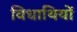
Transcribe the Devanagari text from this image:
विधाथियों